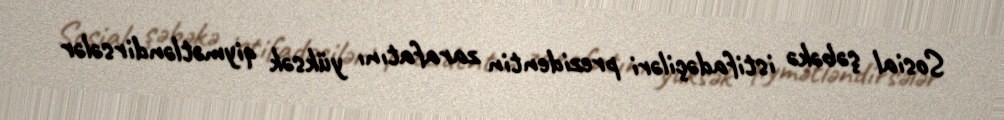
Sosial şəbəkə istifadəçiləri prezidentin zarafatını yüksək qiymətləndirsələr